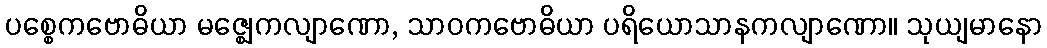
ပစ္စေကဗောဓိယာ မဇ္ဈေကလျာဏော, သာဝကဗောဓိယာ ပရိယောသာနကလျာဏော။ သုယျမာနော